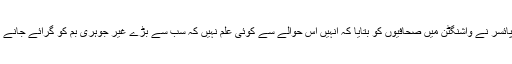
دوسری جانب وائیٹ ہاؤس کے ترجمان شان اسپائسر نے واشنگٹن میں صحافیوں کو بتایا کہ انہیں اس حوالے سے کوئی علم نہیں کہ سب سے بڑے غیر جوہری بم کو گرائے جانے کی منظوری صدر ڈونلڈ ٹرمپ نے دی یا نہیں؟